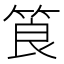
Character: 筤